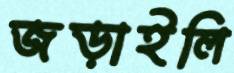
জড়াইলি